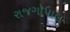
રાજગોપાલ